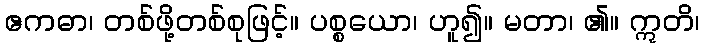
ဧကဓာ၊ တစ်ဖို့တစ်စုဖြင့်။ ပစ္စယော၊ ဟူ၍။ မတာ၊ ၏။ ဣတိ၊